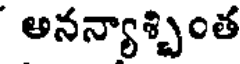
అనన్యాశ్చింత